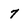
Character: 7